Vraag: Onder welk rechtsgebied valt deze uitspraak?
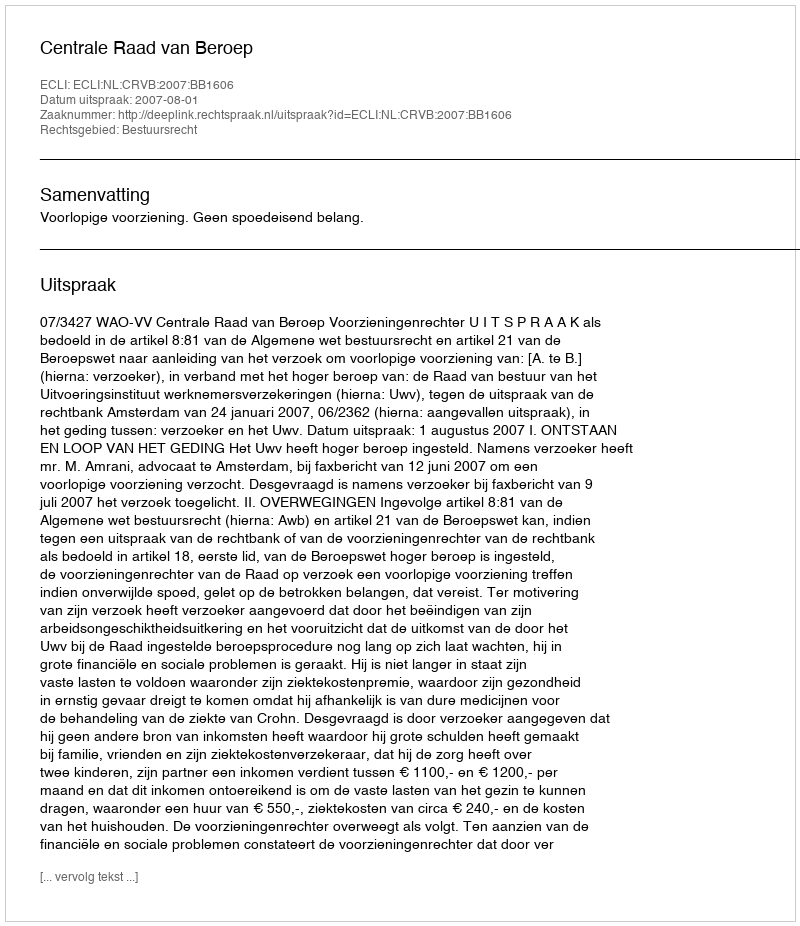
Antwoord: Bestuursrecht